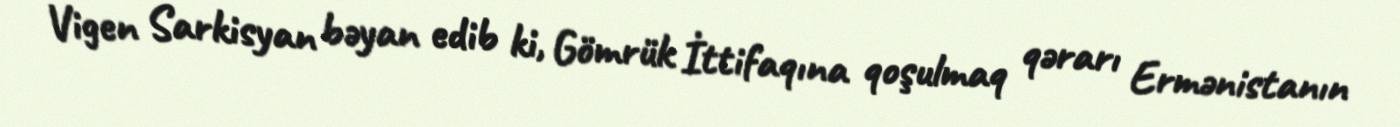
Vigen Sarkisyan bəyan edib ki, Gömrük İttifaqına qoşulmaq qərarı Ermənistanın